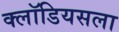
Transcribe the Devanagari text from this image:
क्लॉडियसला